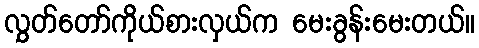
လွှတ်တော်ကိုယ်စားလှယ်က မေးခွန်းမေးတယ်။